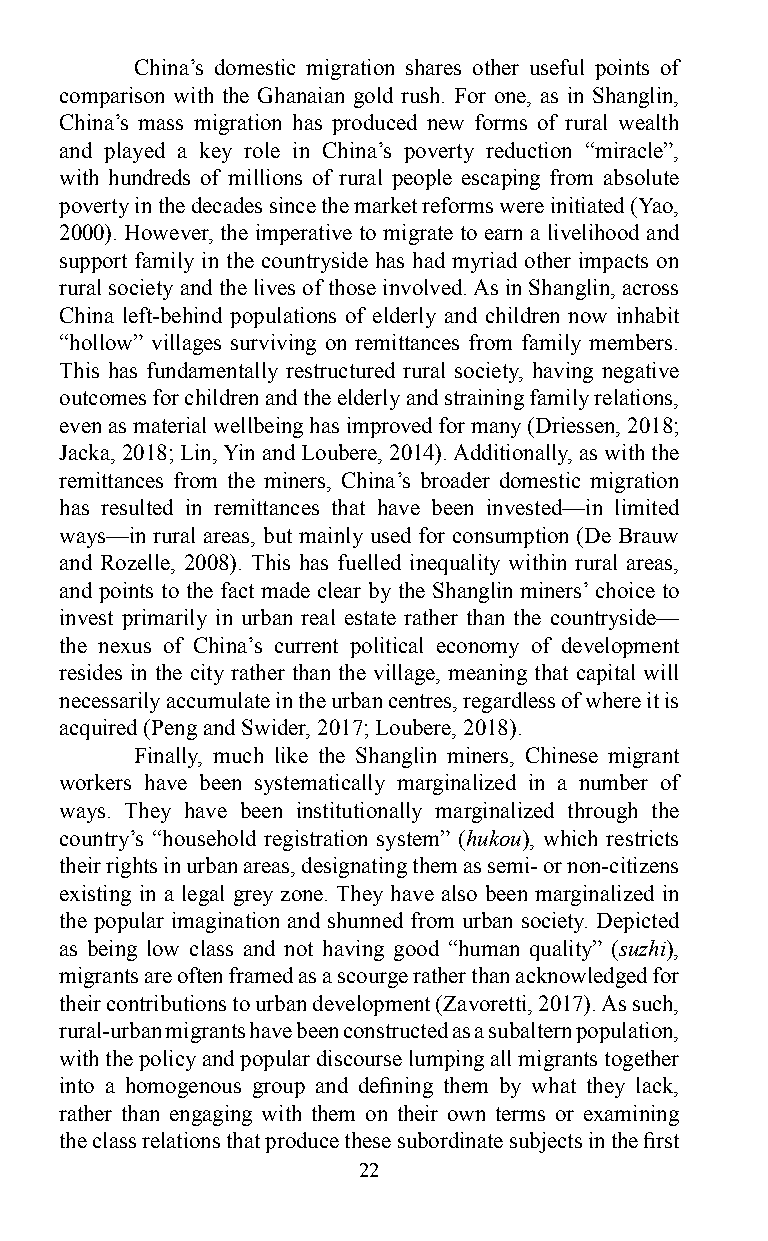
China’s domestic migration shares other useful points of
 comparison with the Ghanaian gold rush. For one, as in Shanglin,
 China’s mass migration has produced new forms of rural wealth
 and played a key role in China’s poverty reduction “miracle”,
 with hundreds of millions of rural people escaping from absolute
 poverty in the decades since the market reforms were initiated (Yao,
 2000). However, the imperative to migrate to earn a livelihood and
 support family in the countryside has had myriad other impacts on
 rural society and the lives of those involved. As in Shanglin, across
 China left-behind populations of elderly and children now inhabit
 “hollow” villages surviving on remittances from family members.
 This has fundamentally restructured rural society, having negative
 outcomes for children and the elderly and straining family relations,
 even as material wellbeing has improved for many (Driessen, 2018;
 Jacka, 2018; Lin, Yin and Loubere, 2014). Additionally, as with the
 remittances from the miners, China’s broader domestic migration
 has resulted in remittances that have been invested—in limited
 ways—in rural areas, but mainly used for consumption (De Brauw
 and Rozelle, 2008). This has fuelled inequality within rural areas,
 and points to the fact made clear by the Shanglin miners’ choice to
 invest primarily in urban real estate rather than the countryside—
 the nexus of China’s current political economy of development
 resides in the city rather than the village, meaning that capital will
 necessarily accumulate in the urban centres, regardless of where it is
 acquired (Peng and Swider, 2017; Loubere, 2018).
 Finally, much like the Shanglin miners, Chinese migrant
 workers have been systematically marginalized in a number of
 ways. They have been institutionally marginalized through the
 country’s “household registration system” (hukou), which restricts
 their rights in urban areas, designating them as semi- or non-citizens
 existing in a legal grey zone. They have also been marginalized in
 the popular imagination and shunned from urban society. Depicted
 as being low class and not having good “human quality” (suzhi),
 migrants are often framed as a scourge rather than acknowledged for
 their contributions to urban development (Zavoretti, 2017). As such,
 rural-urban migrants have been constructed as a subaltern population,
 with the policy and popular discourse lumping all migrants together
 into a homogenous group and defining them by what they lack,
 rather than engaging with them on their own terms or examining
 the class relations that produce these subordinate subjects in the first
 22